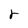
Character: r